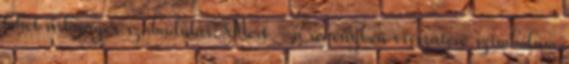
lehet valóságos szabadulás. Mert – a regényben visszatérő szimbólum